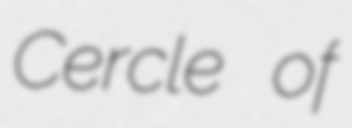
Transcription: Cercle of